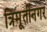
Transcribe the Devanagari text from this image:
त्रिमूर्तीनगर